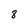
Character: 8